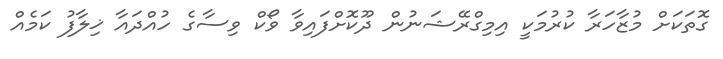
ގޮތަކަށް މުޒާހަރާ ކުރުމަކީ އިމިގްރޭޝަނުން ދޫކޮށްފައިވާާ ވޯކް ވިސާގެ ހުއްދައާ ޚިލާފު ކަމެއް